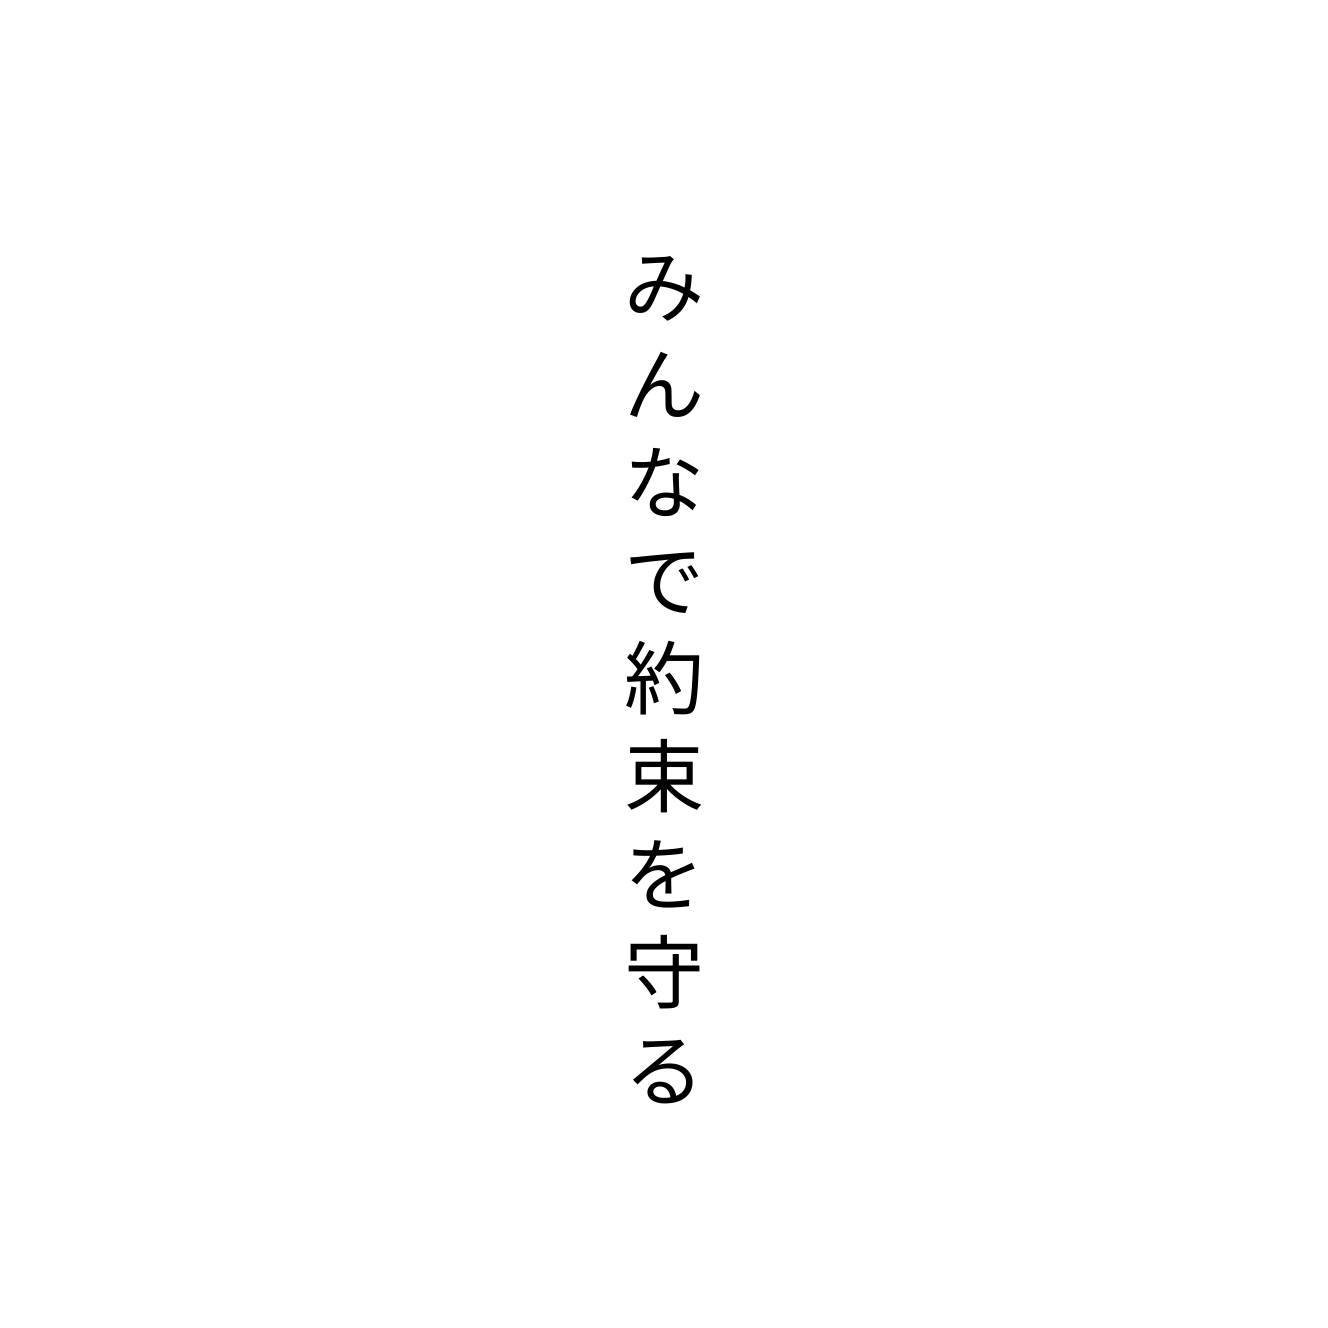
みんなで約束を守る